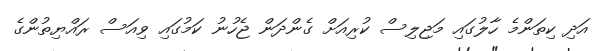
އަދި ކިތަންމެ ހާލުގައި މަޖިލިސް ކުރިއަށް ގެންދަން ޖެހުނު ކަމުގައި ވިއަސް ރައްޔިތުންގެ